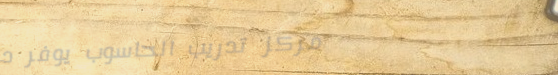
مركز تدريب الحاسوب يوفر د